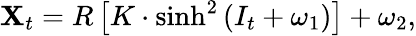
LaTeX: \mathbf{X}_{t}=R\left[K\cdot\sinh^{2}\left(I_{t}+\omega_{1}\right)\right]+\omega_{2},